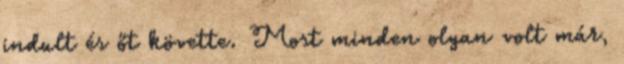
indult és őt követte. Most minden olyan volt már,